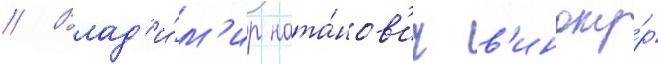
// Влад'и́м'ир ната́нов'ич в'иноку́р